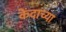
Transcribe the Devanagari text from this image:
केंदाच्या